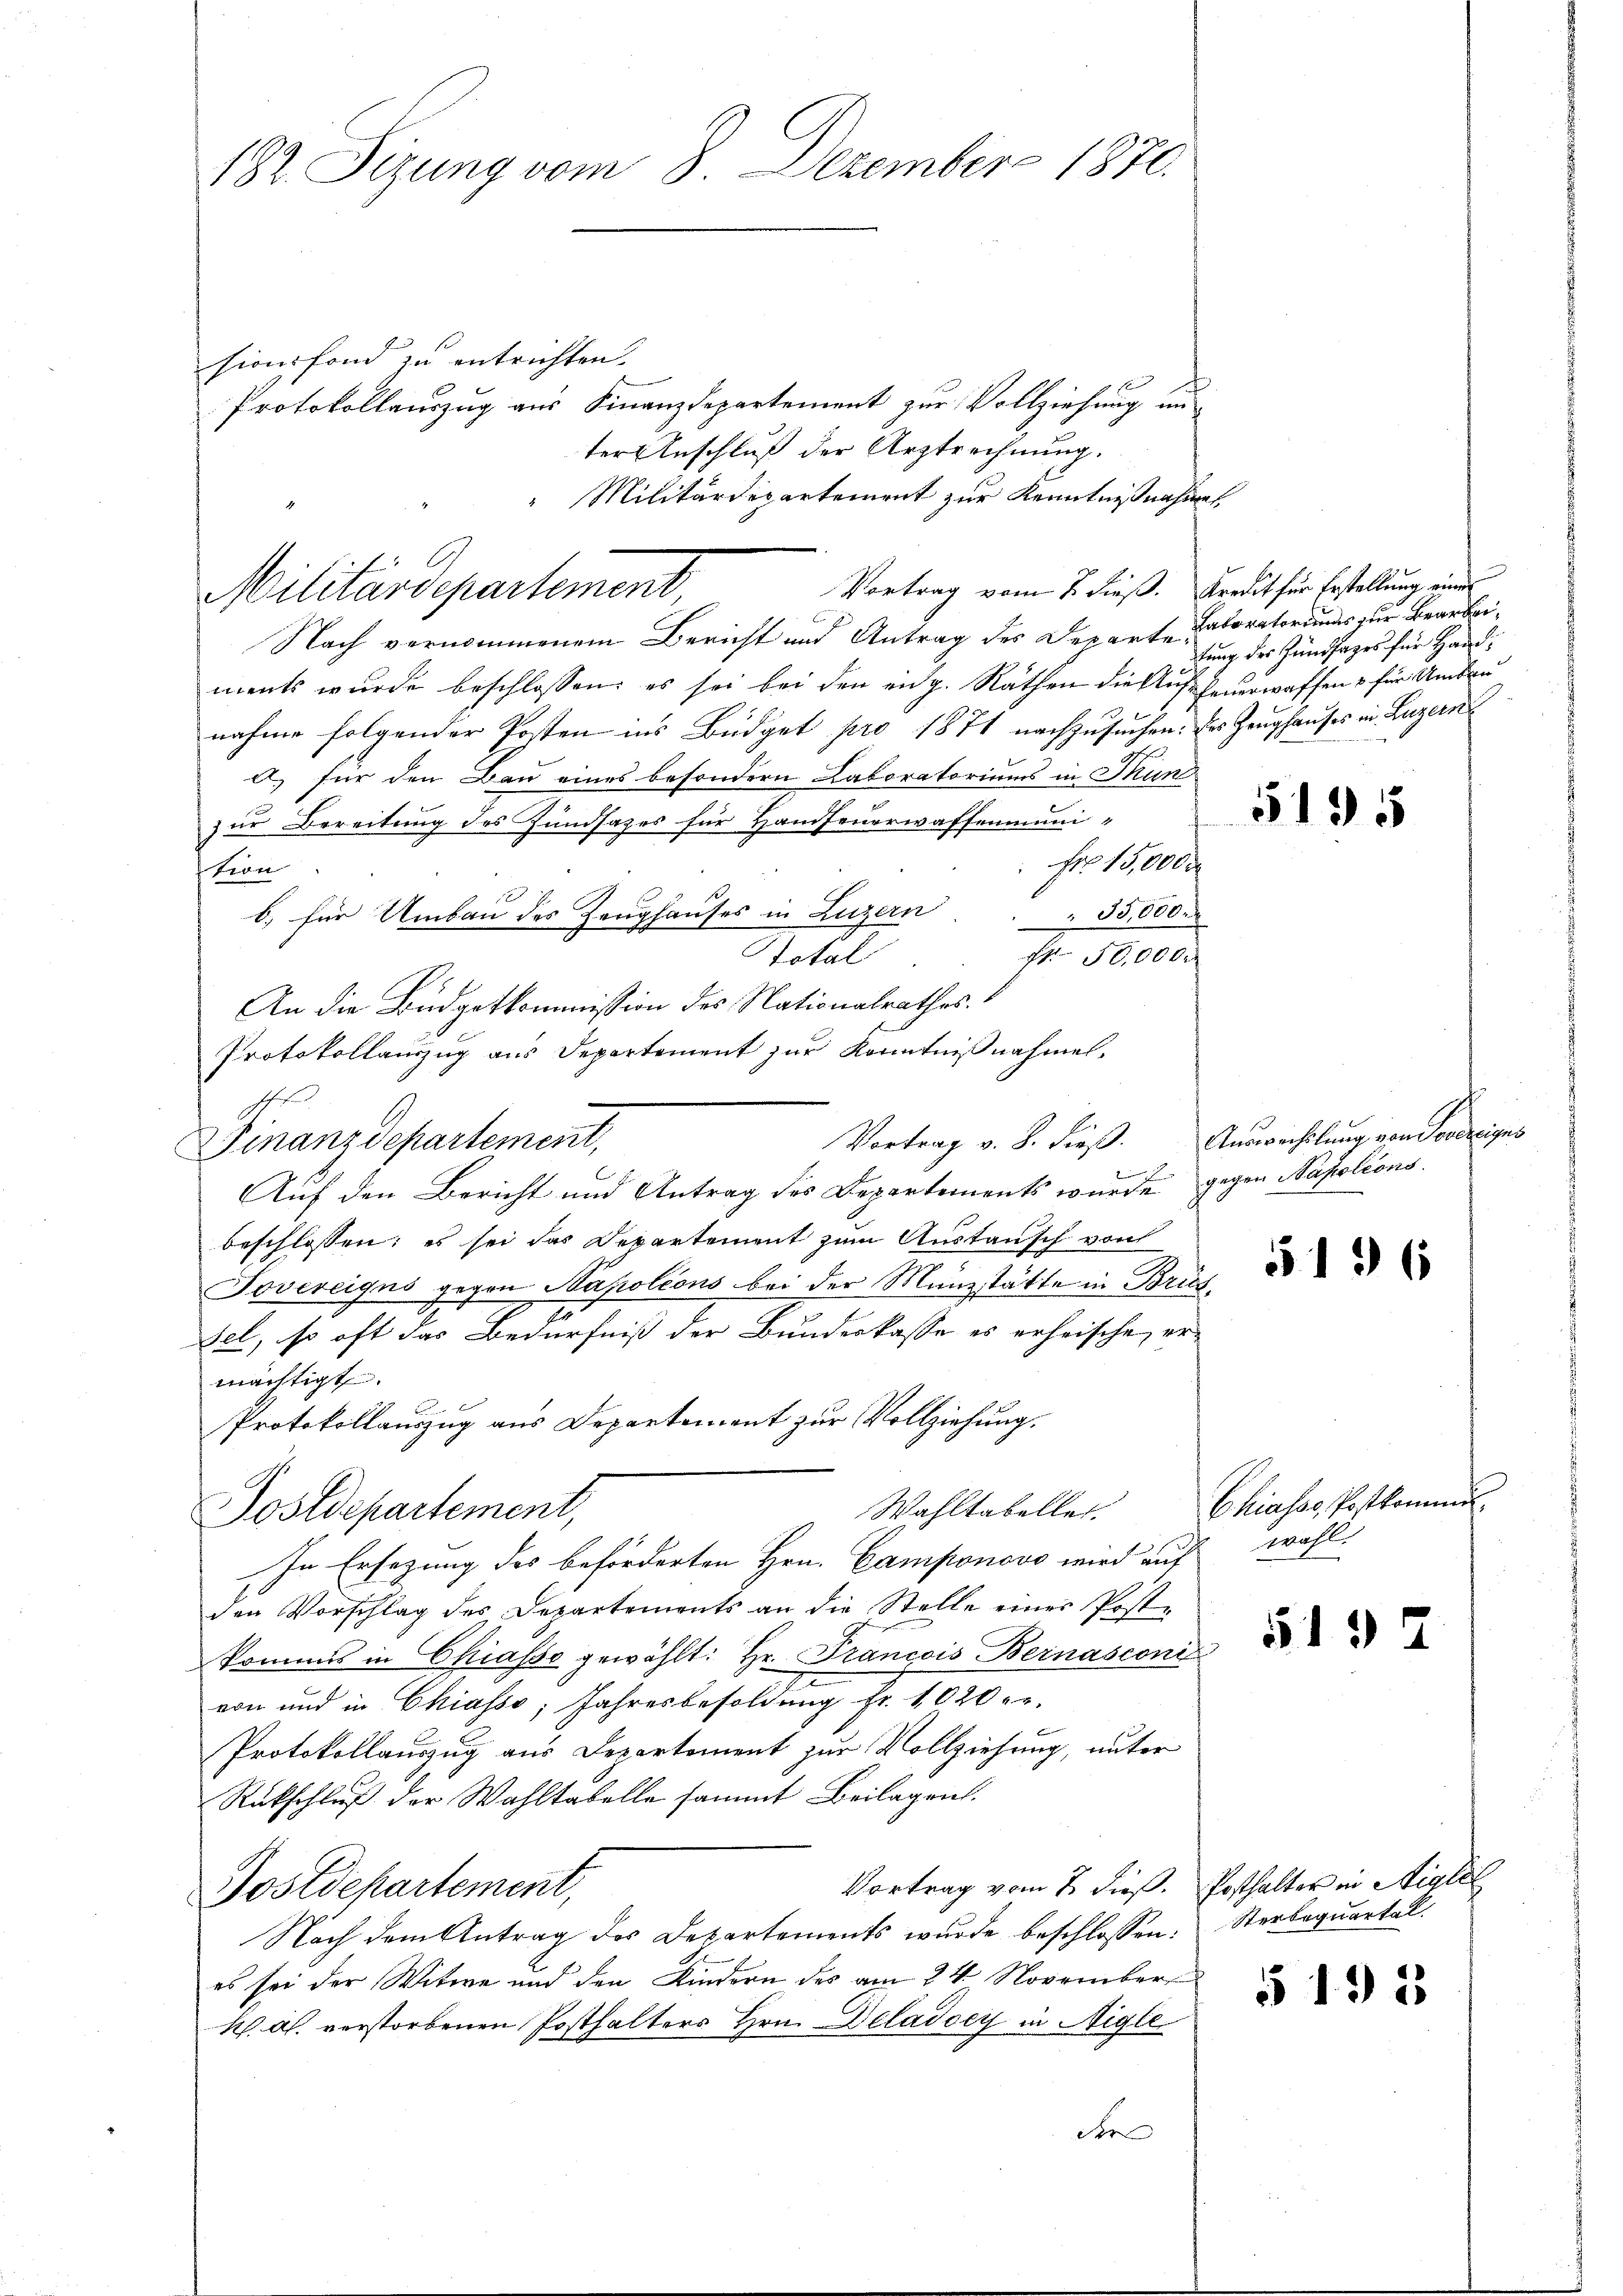
182. Sizung vom 8. Dezember 1871.

sion fond zu entrichten.
Protokollauszug aus Finanzdepartement zur Vollziehung un
ter Anschluß der Arztrechnung.
Vortrag vom 2. dieß. Kredit für Erstellung einen
Nach vernommenem Bericht und Antrag des Departe Laboratoriums zur Bearbeiments wurde beschlossen: es sei bei den eidg. Räthen die Auffeuerwaffen & für Umbau
nahme folgender Posten ins Büdget pro 1874 nachzusuchen. des Zeughauses in Luzern
a) für den Bau eines besondern Laboratoriums in Thun
zur Bereitung des Hundsazes für Hanfeuerwaffenmuni¬
 Fr. 15,000 r
tion
b.) für Umbau des Zeughauses in Luzern . . 35,000
Total . . . 50,000.
An die Budgetkommission des Nationalrathes.
Protokollauszug aus Departement zur Kenntnißnahmen.
h
Finanzdepartement,
Auf den Bericht und Antrag des Departements wurde gegen Napoleons.
beschlossen; es sei das Departement zum Austausch von
Sovereigns gegen Napoleons bei der Münzstätte in Bris¬
Fel, so oft das Bedürfniß der Bundeskasse es erheische, er-
mächtigt.
Protokollauszug aus Departement zur Vollziehung,
Wahltabeller.
Postdepartement,
In Ersezung des beförderten Hrn. Camponovo wird auf
den Vorschlag des Departements an die Stelle einer Post-
kommes in Chiasse gewählt: Hr. Francois Bernasconi
von und in Chiasso, Jahresbesoldŭng fr. 1020 er
Protokollauszug aus Departement zur Vollziehung, unter
Rückschluß der Wahltabelle sammt Beilagen.
Vortrag vom 7. dieß. Posthalter in Aigle
Postdepartement,
Nach dem Antrag des Departements wurde beschlossen: Sterbequartal
es sei der Witwe und den Kindern des am 24. November
k. Al. verstorbenen Posthalters Hrn. Deladocy in Aigle
der

Militärdepartement zur Kenntnißnahmen
Militärdepartement

tung der Zundfages für Hand¬

Vortrag v. 8. dieß. Auswechslung von Novereiges

Chiasss Postkommis
wohl.

5195

5136

513 x

§ 132